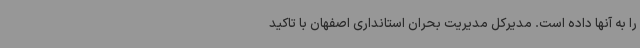
را به آنها داده است. مدیرکل مدیریت بحران استانداری اصفهان با تاکید